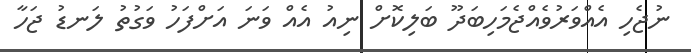
ނުޖެހި އެއްވަރުވެއްޖެމަހިބަދޫ ބަލިކޮށް ނިއު އެއް ވަނަ އަށްފަހު ވަގުތު ލަނޑު ޖަހާ